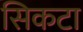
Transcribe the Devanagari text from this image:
सिकटा